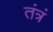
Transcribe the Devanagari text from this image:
तंत्रं